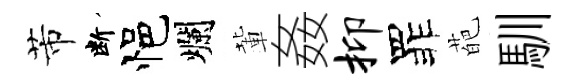
芾断悒爛輩姦抑罪葩馴